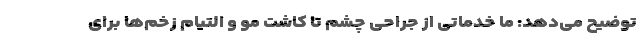
توضیح می‌دهد: ما خدماتی از جراحی چشم تا کاشت مو و التیام زخم‌ها برای